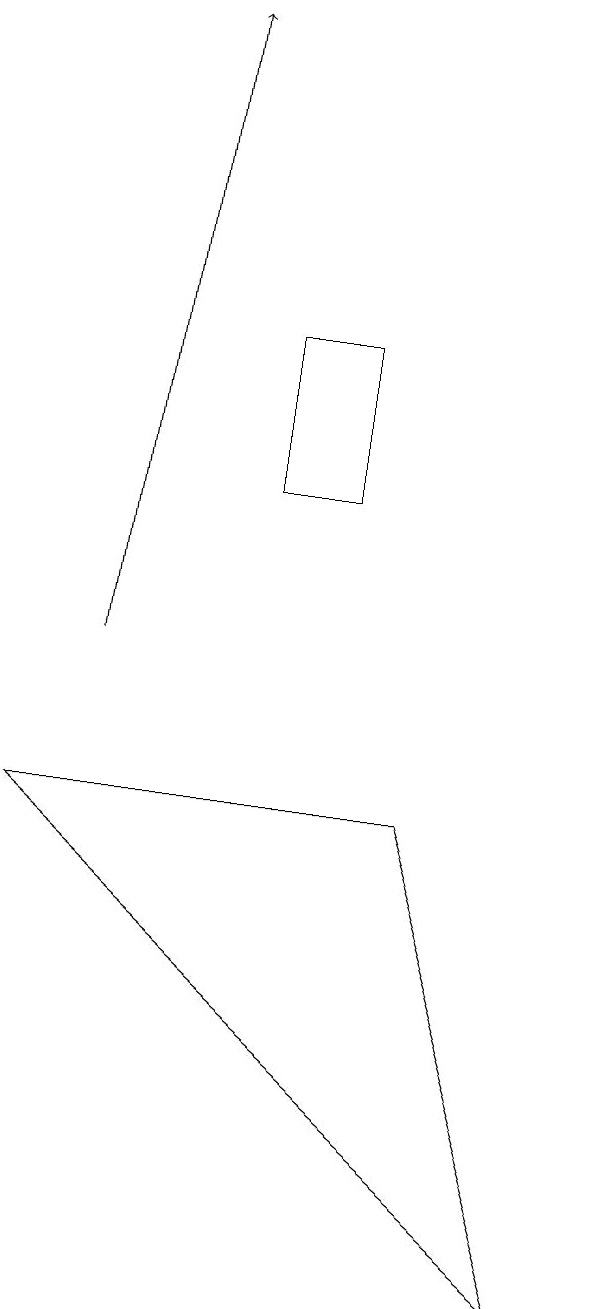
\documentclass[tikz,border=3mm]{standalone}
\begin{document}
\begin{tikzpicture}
\draw (1,9) -- (8,3) -- (6,9) -- cycle;
\draw[->] (2,11) -- (3,19);
\draw (5,15) rectangle (4,13);
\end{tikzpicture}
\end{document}